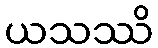
ယသဿိ